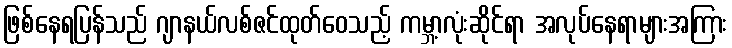
ဖြစ်နေရပြန်သည် ဂျာနယ်လစ်ဇင်ထုတ်ဝေသည့် ကမ္ဘာ့လုံးဆိုင်ရာ အလုပ်နေရာများအကြား